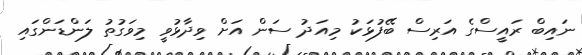
ނައިބް ރައީސްގެ އަރިސް ބޭފުޅަކު މިއަދު ސަން އަށް ވިދާޅުވީ މިވަގުތު ލަންޑަންގައި